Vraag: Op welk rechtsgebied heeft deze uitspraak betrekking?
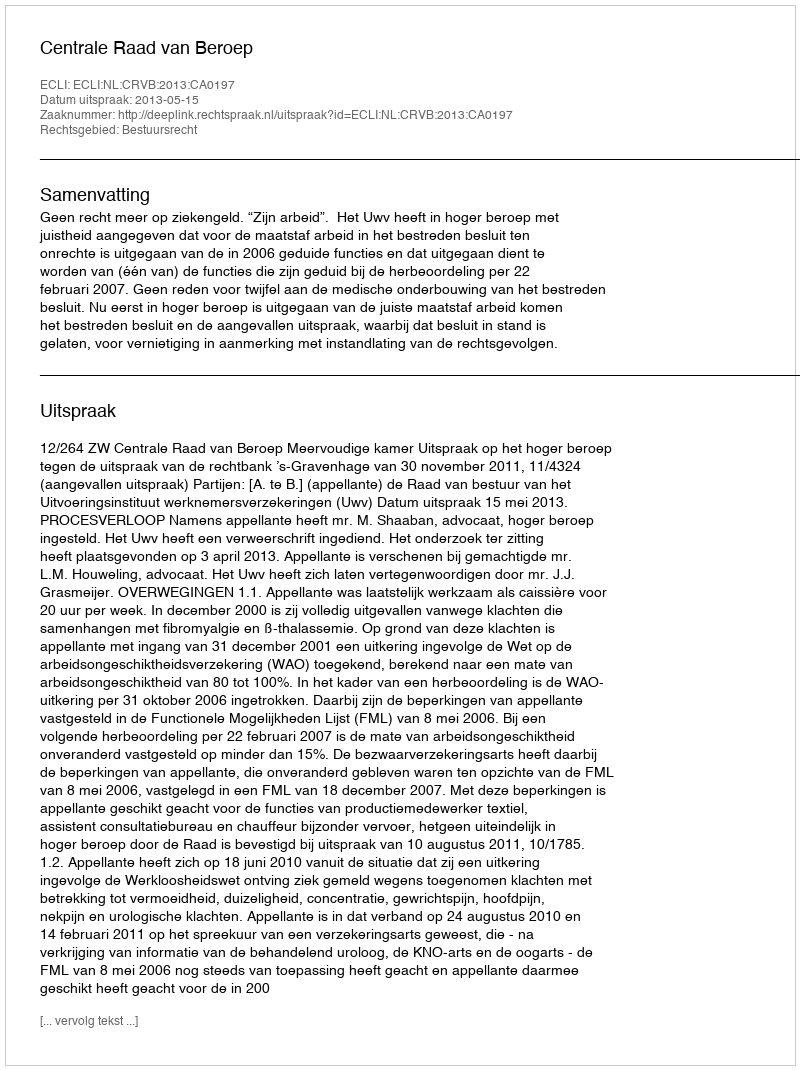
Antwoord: Bestuursrecht